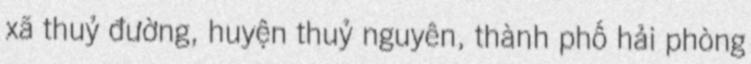
xã thuỷ đường, huyện thuỷ nguyên, thành phố hải phòng